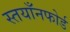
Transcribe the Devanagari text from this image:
स्तयाँनफोर्ड